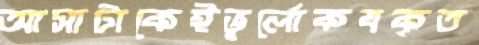
আসাটাকেইভূর্লোকযকৃত